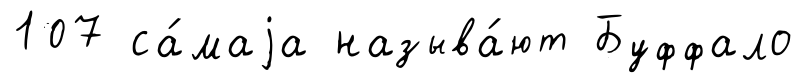
107 са́маjа называ́ют Буффало